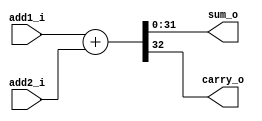
module PlusAdder #(
    parameter Width = 32
) (
    input [Width-1:0] add1_i,
    input [Width-1:0] add2_i,
    output [Width-1:0] sum_o,
    output carry_o
);

  assign {carry_o, sum_o} = add1_i + add2_i;
endmodule